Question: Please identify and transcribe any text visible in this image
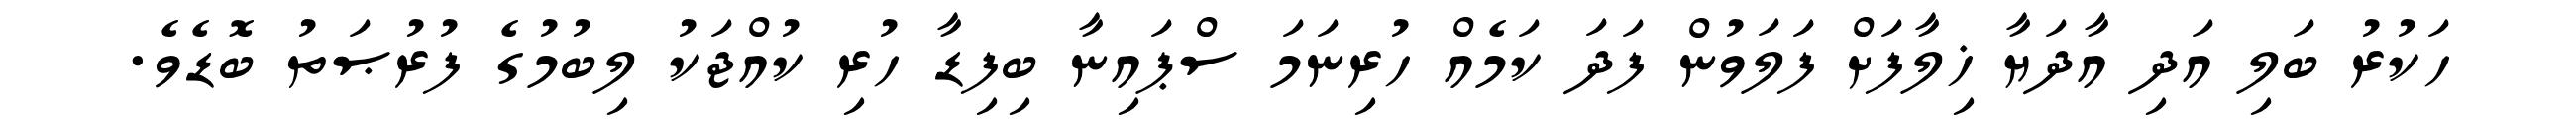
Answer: ހަކުރު ބަލި އަދި އާދަޔާ ޚިލާފަށް ފަލަވުން ފަދަ ކަމެއް ހުރިނަމަ ސްޕައިނާ ބިފިޑާ ހުރި ކުއްޖަކު ލިބުމުގެ ފުރުޞަތު ބޮޑެވެ.